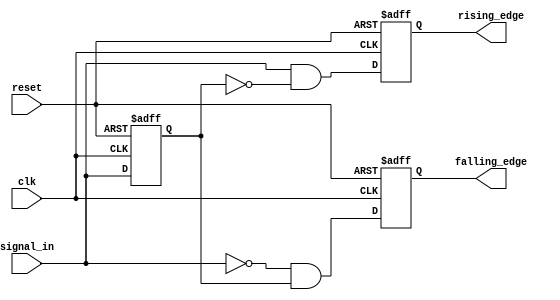
module dual_edge_detector (
    input wire clk,            // Clock input
    input wire reset,          // Asynchronous reset
    input wire signal_in,      // Input signal to detect edges
    output reg rising_edge,    // Output for rising edge detection
    output reg falling_edge     // Output for falling edge detection
);

    reg previous_state;        // Memory block to store previous state of signal_in

    // Always block to detect edges on the rising edge of clk
    always @(posedge clk or posedge reset) begin
        if (reset) begin
            previous_state <= 1'b0;  // Reset the memory block to low
            rising_edge <= 1'b0;      // Reset rising_edge output
            falling_edge <= 1'b0;     // Reset falling_edge output
        end else begin
            // Edge detection logic
            rising_edge <= (signal_in && !previous_state);  // Detect rising edge
            falling_edge <= (!signal_in && previous_state); // Detect falling edge
            
            // Update previous state
            previous_state <= signal_in;
        end
    end

endmodule